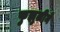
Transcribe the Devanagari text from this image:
फुझुलीने